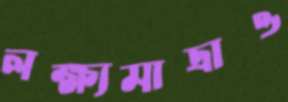
লক্ষ্যমাত্রাও